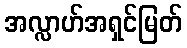
အလ္လာဟ်အရှင်မြတ်